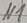
Text: N1